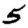
Digit: 5